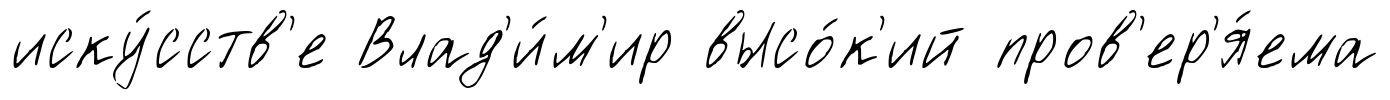
иску́сств'е Влад'и́м'ир высо́к'ий пров'ер'я́ема